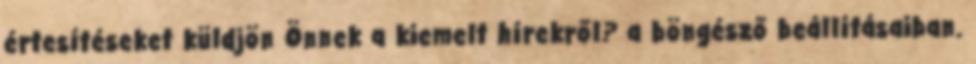
értesítéseket küldjön Önnek a kiemelt hírekről? a böngésző beállításaiban.